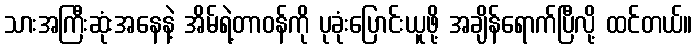
သားအကြီးဆုံးအနေနဲ့ အိမ်ရဲ့တာဝန်ကို ပုခုံးပြောင်းယူဖို့ အချိန်ရောက်ပြီလို့ ထင်တယ်။